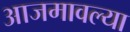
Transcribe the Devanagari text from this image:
आजमावल्या